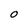
Character: O